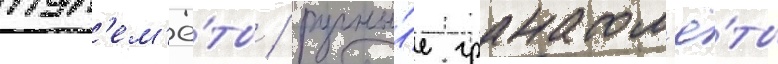
пул'ем'ё́ты / ручны́е гранатом'ё́ты